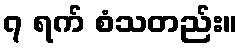
၇ ရက် စံသတည်း။